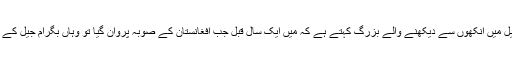
ڈاکٹر عافیہ صدیقی سے بگرام جیل میں آنکھوں سے دیکھنے والے بزرگ کہتے ہے کہ میں ایک سال قبل جب افغانستان کے صوبہ پروان گیا تو وہاں بگرام جیل کے ایک قیدی سے ملاقات ہوئی تھی۔